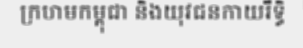
ក្រហមកម្ពុជា និងយុវជនកាយរឹទ្ធិ